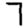
Digit: 7